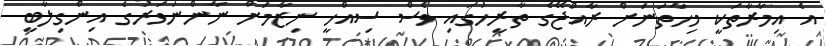
އެ އިމާރާތަކީ މިހާތަނަށް ރާއްޖޭގެ ތާރީހުގައި ވެސް ސިއްހީ ނިޒާމަށް ނާންނަވަރުގެ އިންގިލާބީ